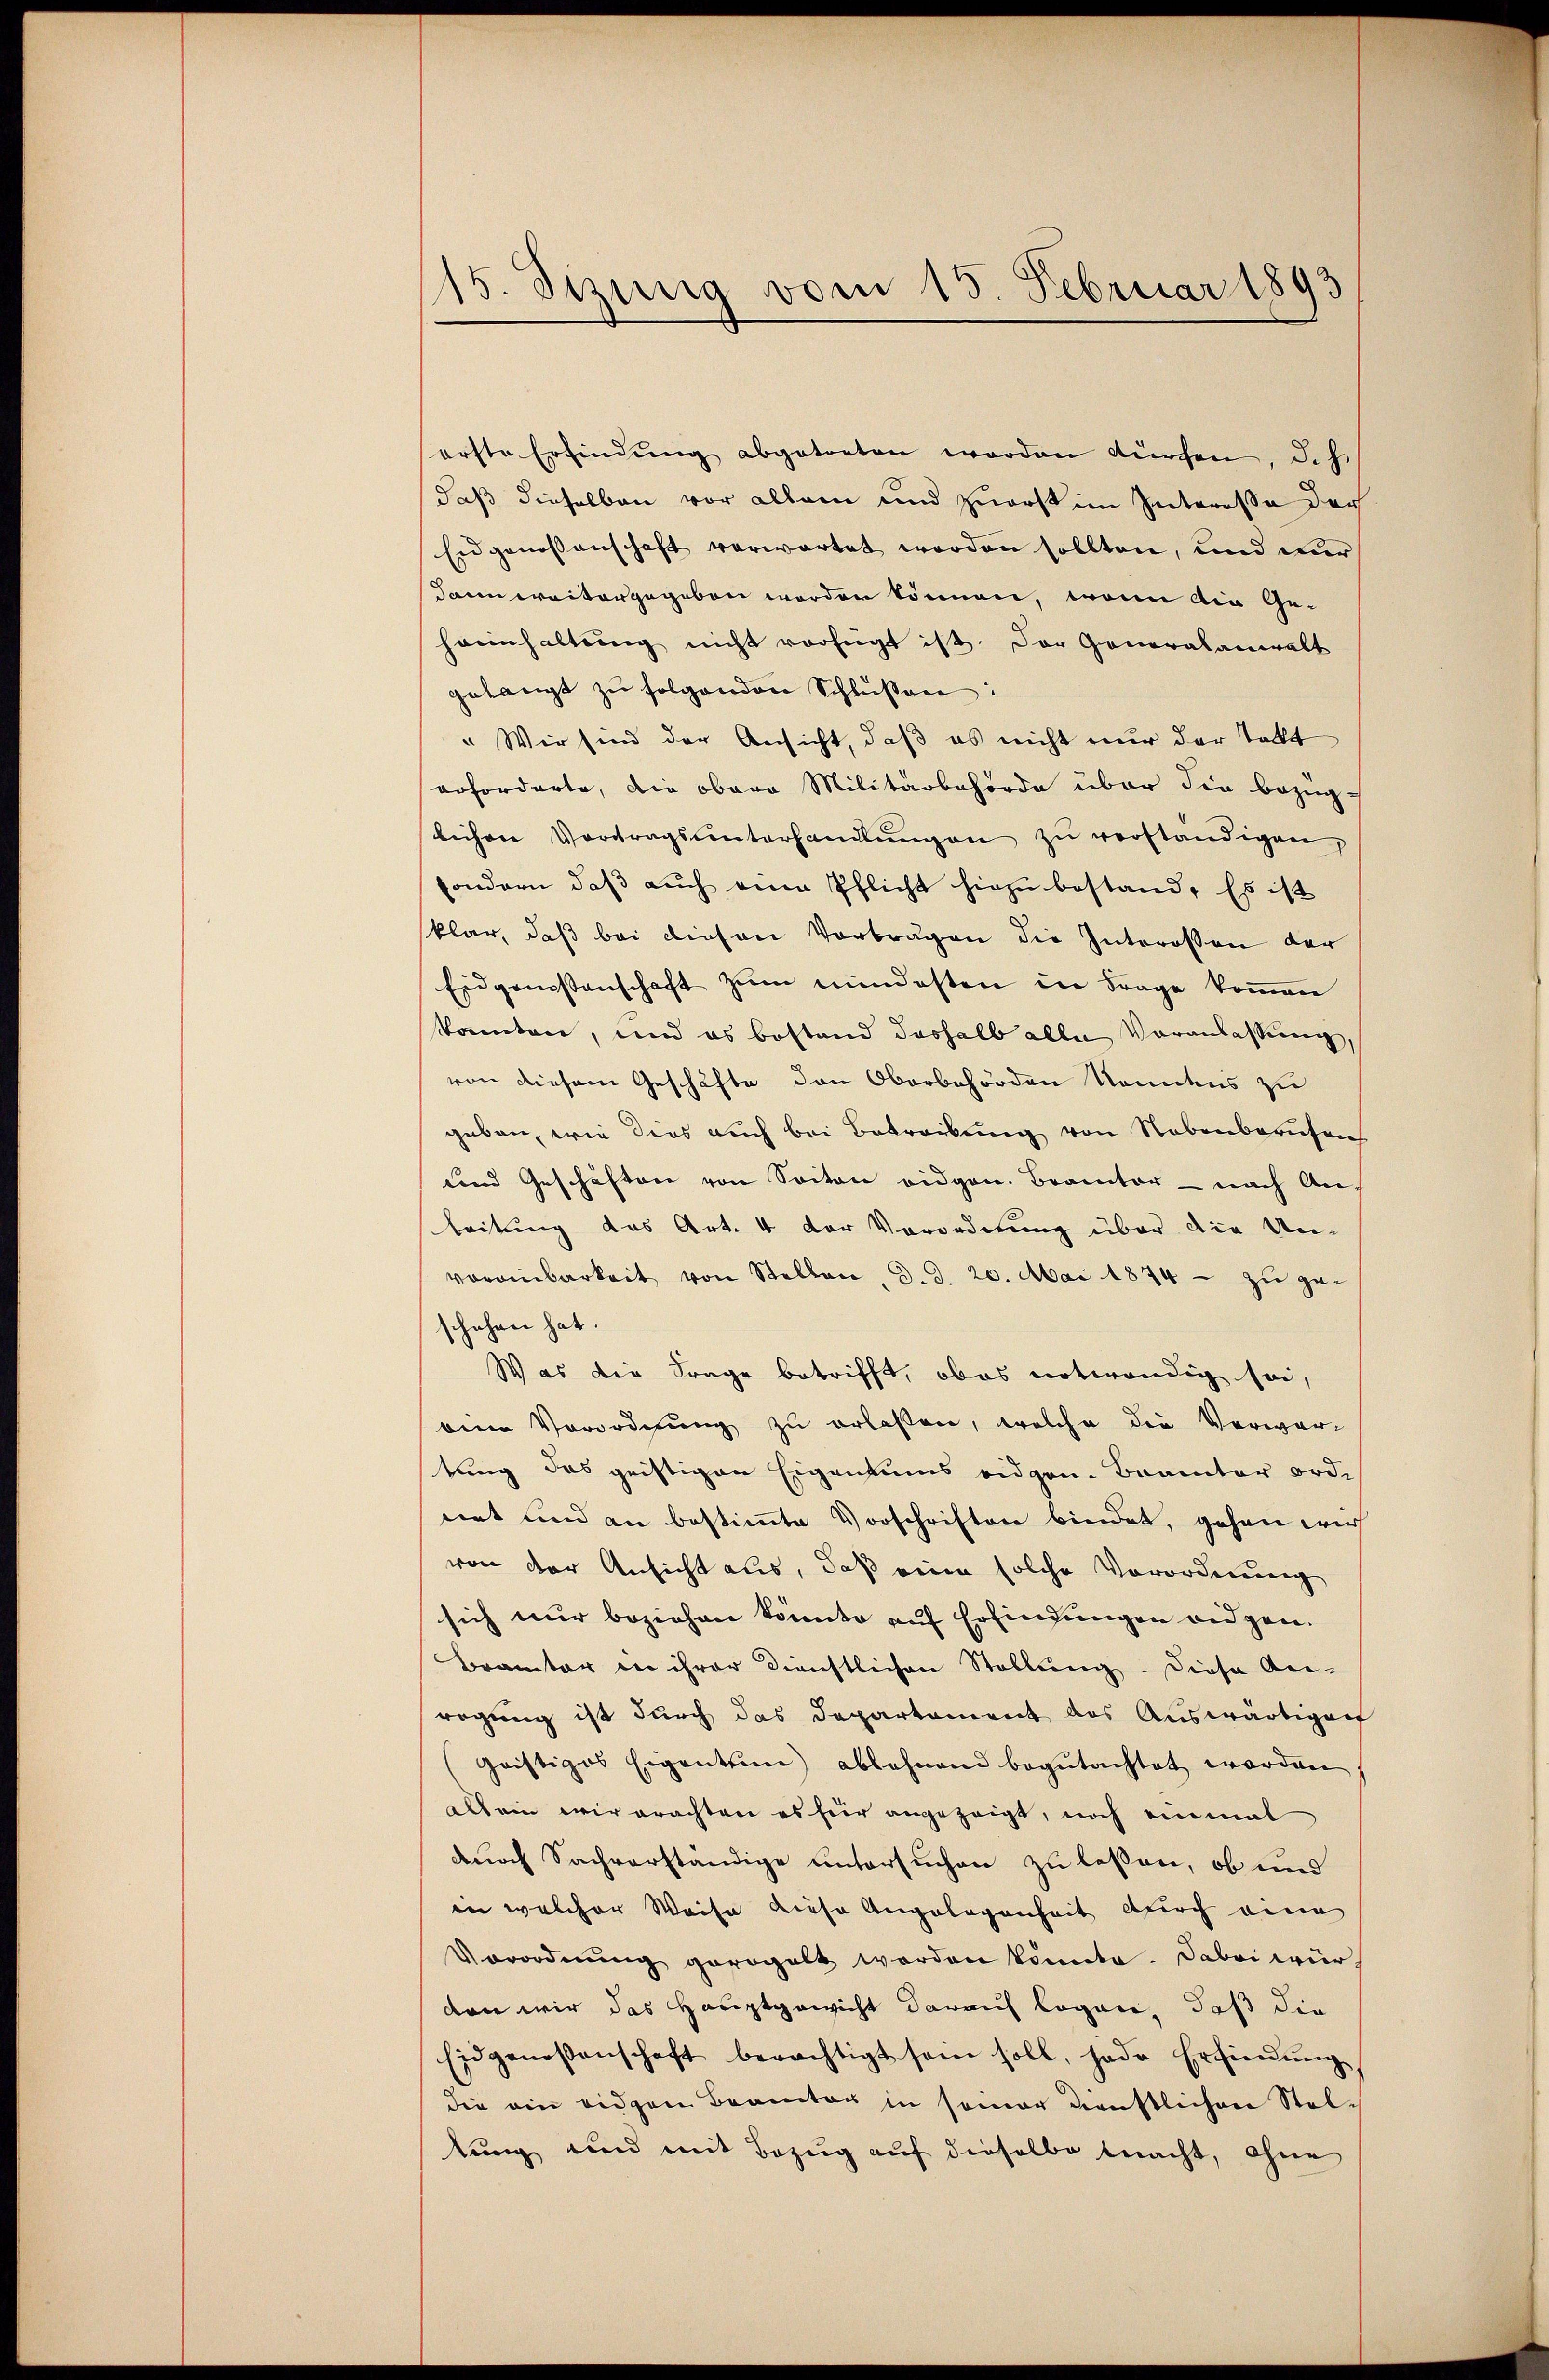
115. Sizung vom 15. Februar 1893

erste Erfindŭng abgetreten worden würchen, d.h.
daß dieselben vor allem und zuerst im Interesse der
Eidgenossenschaft verwartet worden sollten, und nur
dann weitergegeben worden können, wenn die Ge¬
Hanhaltung nicht verfügt ist. Der Generalanwalt
gelangt zŭ folgenden Schlüßen:
" Wir sind der Ansicht, daß es nicht nur der tat
erforderte, die obere Militärbehörde über die bezüg-
lichen Vertragsunterhandlŭngen zŭ verständigen,
sondern, daβ aŭch eine Pflicht hiezu bestand. Es ist
klar, daß bei diesen Vortragen die Interessen der
Eidgenossenschaft zum mindesten in Frage kommen
konnten, und es bestand deshalb alle Voranlassung,
von diesem Geschäfte den Oberbehörden Namens zu
geben, wie dies auch bei Betreibung von Nebenberufen
und Geschäften von Seiten eidgen. Branter - nach Anleitung das Art. 4 der Verordnung über die Unvoreinbarkeit von Stellen, d. d. 20. Mai 1874 - zu geschahen hat.
Was die Frage betrifft, ob es notwendig sei,
eine Verordnŭng zŭ erlaßen, welche die Verwar-
tung das geistigen Eigentums eidgen. Beamter orde
nnt und an bestimmte Vorschriften bindet, gehen wir
von der Ansicht aus, daß eine solche Vorordnung
sich nur beziehen könnte auf Erfindungen eidgen.
Bramter in ihrer Dienstlichen Stellung. Diese An-
regung ist durch das Departement das Auswärtigen
(Geistiges Eigentum ablehnend begutachtet worden
als ein wir erachten es für angezeigt, noch einmal
durch Sachverständige untersuchen zu laßen, ob und
in welcher Weise diese Angelegenheit durch eine
Verordnŭng geregelt werden könnte. Dabei wür
den wir das Hauptgewicht darauf logen, daß die
Eidgenossenschaft berechtigt sein soll, hade Erfindŭng,
die ein eidgen Beamter in seiner dienstlichen Steltung und mit Bezug auf dieselbe macht, ohne